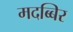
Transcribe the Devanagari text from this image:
मदब्बिर